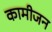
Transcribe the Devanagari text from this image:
कामीजन